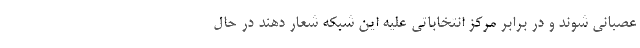
عصبانی شوند و در برابر مرکز انتخاباتی علیه این شبکه شعار دهند در حال